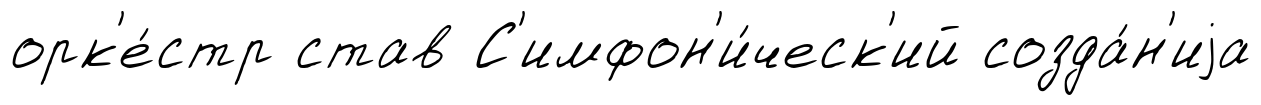
орк'е́стр став С'имфон'и́ческ'ий созда́н'иjа